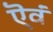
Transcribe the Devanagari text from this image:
ऎवं